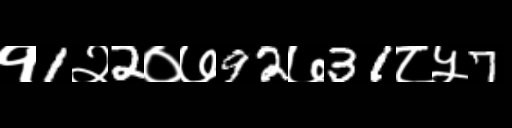
Text: १1२2०७92७31८५7